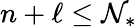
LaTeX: n+\ell\leq\mathcal{N}_{*}